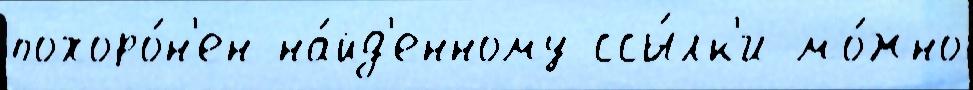
похоро́н'ен на́йд'енному ссы́лк'и мо́жно